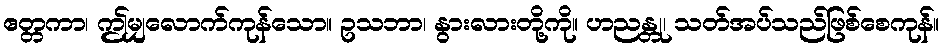
ဧတ္တကာ၊ ဤမျှလောက်ကုန်သော။ ဥသဘာ၊ နွားလားတို့ကို။ ဟညန္တု၊ သတ်အပ်သည်ဖြစ်စေကုန်။